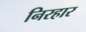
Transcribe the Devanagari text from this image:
निरहार